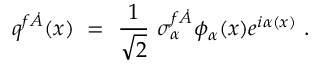
q ^ { f \dot { A } } ( x ) \ = \ \frac 1 { \sqrt 2 } \ \sigma _ { \alpha } ^ { f \dot { A } } \phi _ { \alpha } ( x ) e ^ { i \alpha ( x ) } \ .